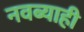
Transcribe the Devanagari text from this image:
नवब्याही